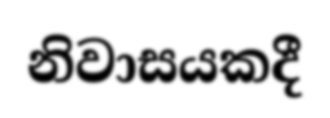
නිවාසයකදී